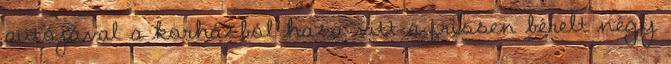
autójával a korházból haza vitt a frissen bérelt négy